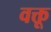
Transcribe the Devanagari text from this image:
वक्तू